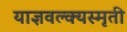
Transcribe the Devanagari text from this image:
याज्ञवल्क्यस्मृती